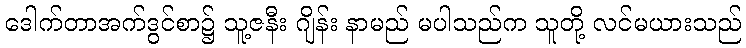
ဒေါက်တာအက်ဒွင်စာ၌ သူ့ဇနီး ဂျိန်း နာမည် မပါသည်က သူတို့ လင်မယားသည်